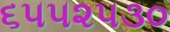
૬૫૫૨૫૩૦